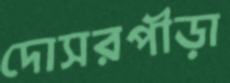
দোসরপীড়া